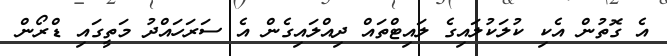
އެ ގޮތުން އެކި ކުލަކުލައިގެ ލައިޓްތައް ދިއްލައިގެން އެ ސަރަހައްދު މަތީގައި ޑްރޯން